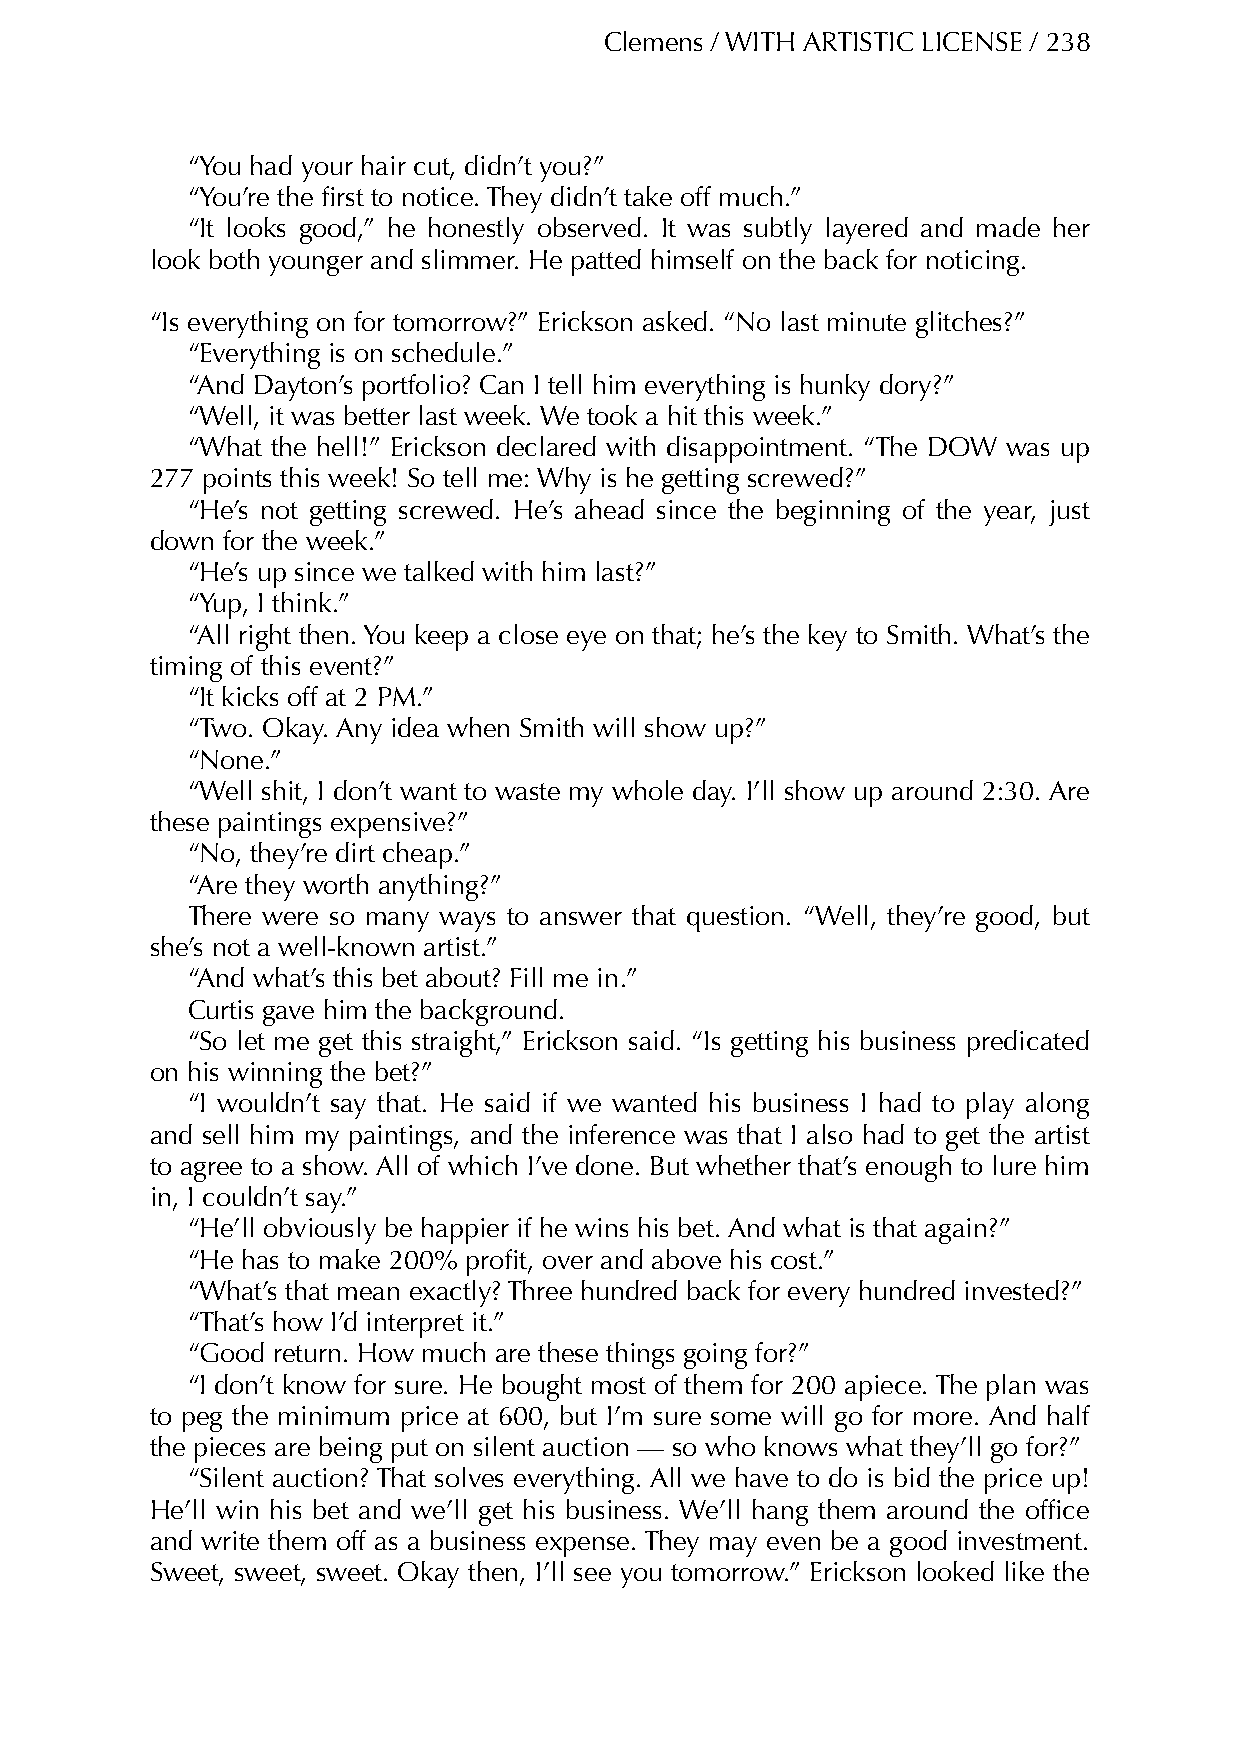
Clemens / WITH ARTISTIC LICENSE / 238
 “You had your hair cut, didn’t you?”
 “You’re the first to notice. They didn’t take off much.”
 “It looks good,” he honestly observed. It was subtly layered and made her
 look both younger and slimmer. He patted himself on the back for noticing.
 “Is everything on for tomorrow?” Erickson asked. “No last minute glitches?”
 “Everything is on schedule.”
 “And Dayton’s portfolio? Can I tell him everything is hunky dory?”
 “Well, it was better last week. We took a hit this week.”
 “What the hell!” Erickson declared with disappointment. “The DOW was up
 277 points this week! So tell me: Why is he getting screwed?”
 “He’s not getting screwed. He’s ahead since the beginning of the year, just
 down for the week.”
 “He’s up since we talked with him last?”
 “Yup, I think.”
 “All right then. You keep a close eye on that; he’s the key to Smith. What’s the
 timing of this event?”
 “It kicks off at 2 PM.”
 “Two. Okay. Any idea when Smith will show up?”
 “None.”
 “Well shit, I don’t want to waste my whole day. I’ll show up around 2:30. Are
 these paintings expensive?”
 “No, they’re dirt cheap.”
 “Are they worth anything?”
 There were so many ways to answer that question. “Well, they’re good, but
 she’s not a well-known artist.”
 “And what’s this bet about? Fill me in.”
 Curtis gave him the background.
 “So let me get this straight,” Erickson said. “Is getting his business predicated
 on his winning the bet?”
 “I wouldn’t say that. He said if we wanted his business I had to play along
 and sell him my paintings, and the inference was that I also had to get the artist
 to agree to a show. All of which I’ve done. But whether that’s enough to lure him
 in, I couldn’t say.”
 “He’ll obviously be happier if he wins his bet. And what is that again?”
 “He has to make 200% profit, over and above his cost.”
 “What’s that mean exactly? Three hundred back for every hundred invested?”
 “That’s how I’d interpret it.”
 “Good return. How much are these things going for?”
 “I don’t know for sure. He bought most of them for 200 apiece. The plan was
 to peg the minimum price at 600, but I’m sure some will go for more. And half
 the pieces are being put on silent auction — so who knows what they’ll go for?”
 “Silent auction? That solves everything. All we have to do is bid the price up!
 He’ll win his bet and we’ll get his business. We’ll hang them around the office
 and write them off as a business expense. They may even be a good investment.
 Sweet, sweet, sweet. Okay then, I’ll see you tomorrow.” Erickson looked like the